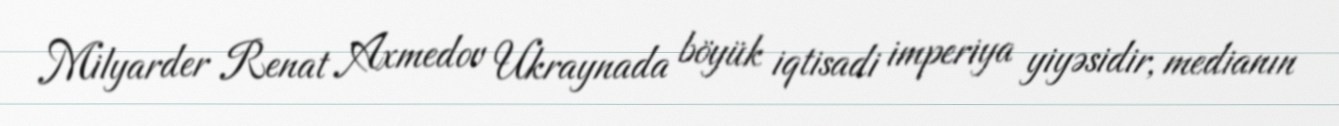
Milyarder Renat Axmedov Ukraynada böyük iqtisadi imperiya yiyəsidir, medianın